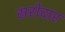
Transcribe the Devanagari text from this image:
सरोदार